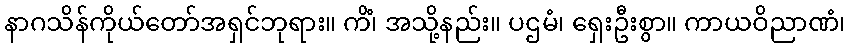
နာဂသိန်ကိုယ်တော်အရှင်ဘုရား။ ကိံ၊ အသို့နည်း။ ပဌမံ၊ ရှေးဦးစွာ။ ကာယဝိညာဏံ၊